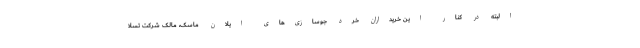
البته در کنار این خریداران خرد جوسازی‌های ایلان ماسک، مالک شرکت تسلا